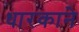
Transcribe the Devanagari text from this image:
धारकाने